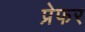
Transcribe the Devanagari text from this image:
प्रेफर